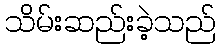
သိမ်းဆည်းခဲ့သည်